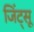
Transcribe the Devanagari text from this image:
जिंट्सू